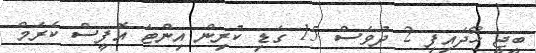
ބީޖީ ހޯދައިފި 2 ދުވަސް 15 ގަޑި ކުރިން އިންޓަ އޮފީސް ކެރަމް